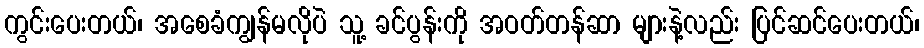
ကွင်းပေးတယ်၊ အစေခံကျွန်မလိုပဲ သူ့ ခင်ပွန်းကို အဝတ်တန်ဆာ များနဲ့လည်း ပြင်ဆင်ပေးတယ်၊